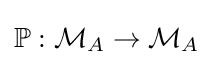
\mathbb {P} :{\mathcal {M}}_{A}\to {\mathcal {M}}_{A}